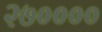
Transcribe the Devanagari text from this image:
२७००००